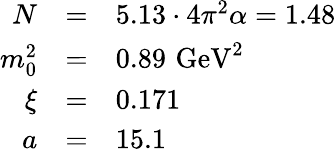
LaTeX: \begin{array}{rcl}{{N}}&{{=}}&{{5.13\cdot 4\pi^{2}\alpha=1.48}}\\ {{m_{0}^{2}}}&{{=}}&{{0.89\, \, \mathrm{GeV}^{2}}}\\ {{\xi}}&{{=}}&{{0.171}}\\ {{a}}&{{=}}&{{15.1}}\end{array}